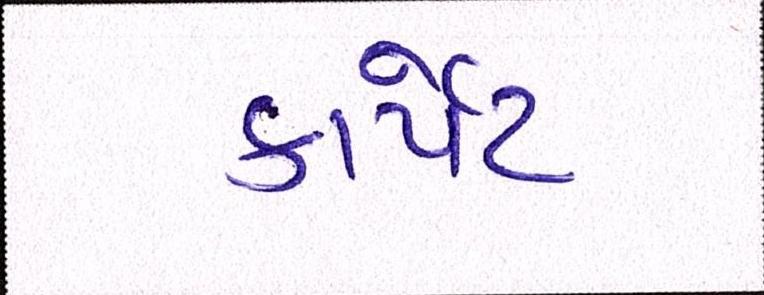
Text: કાર્પેટ